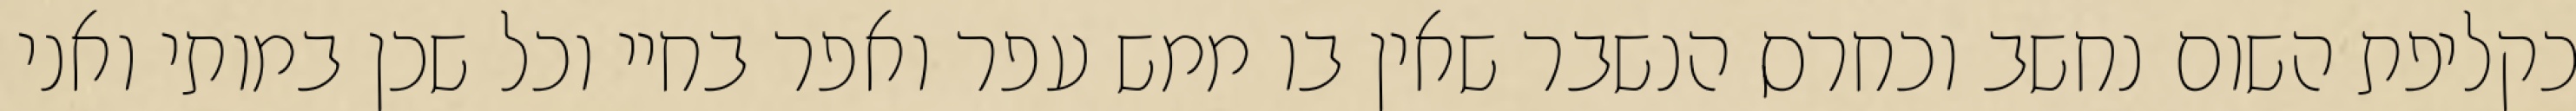
כקליפת השום נחשב וכחרס הנשבר שאין בו ממש עפר ואפר בחיי וכל שכן במותי ואני